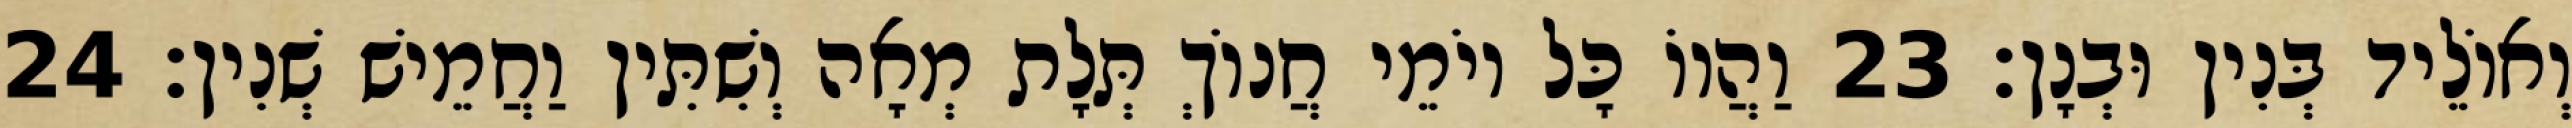
וְאוֹלֵיד בְּנִין וּבְנָן׃ 23 וַהֲווֹ כָּל יוֹמֵי חֲנוֹךְ תְּלָת מְאָה וְשִׁתִּין וַחֲמֵישׁ שְׁנִין׃ 24